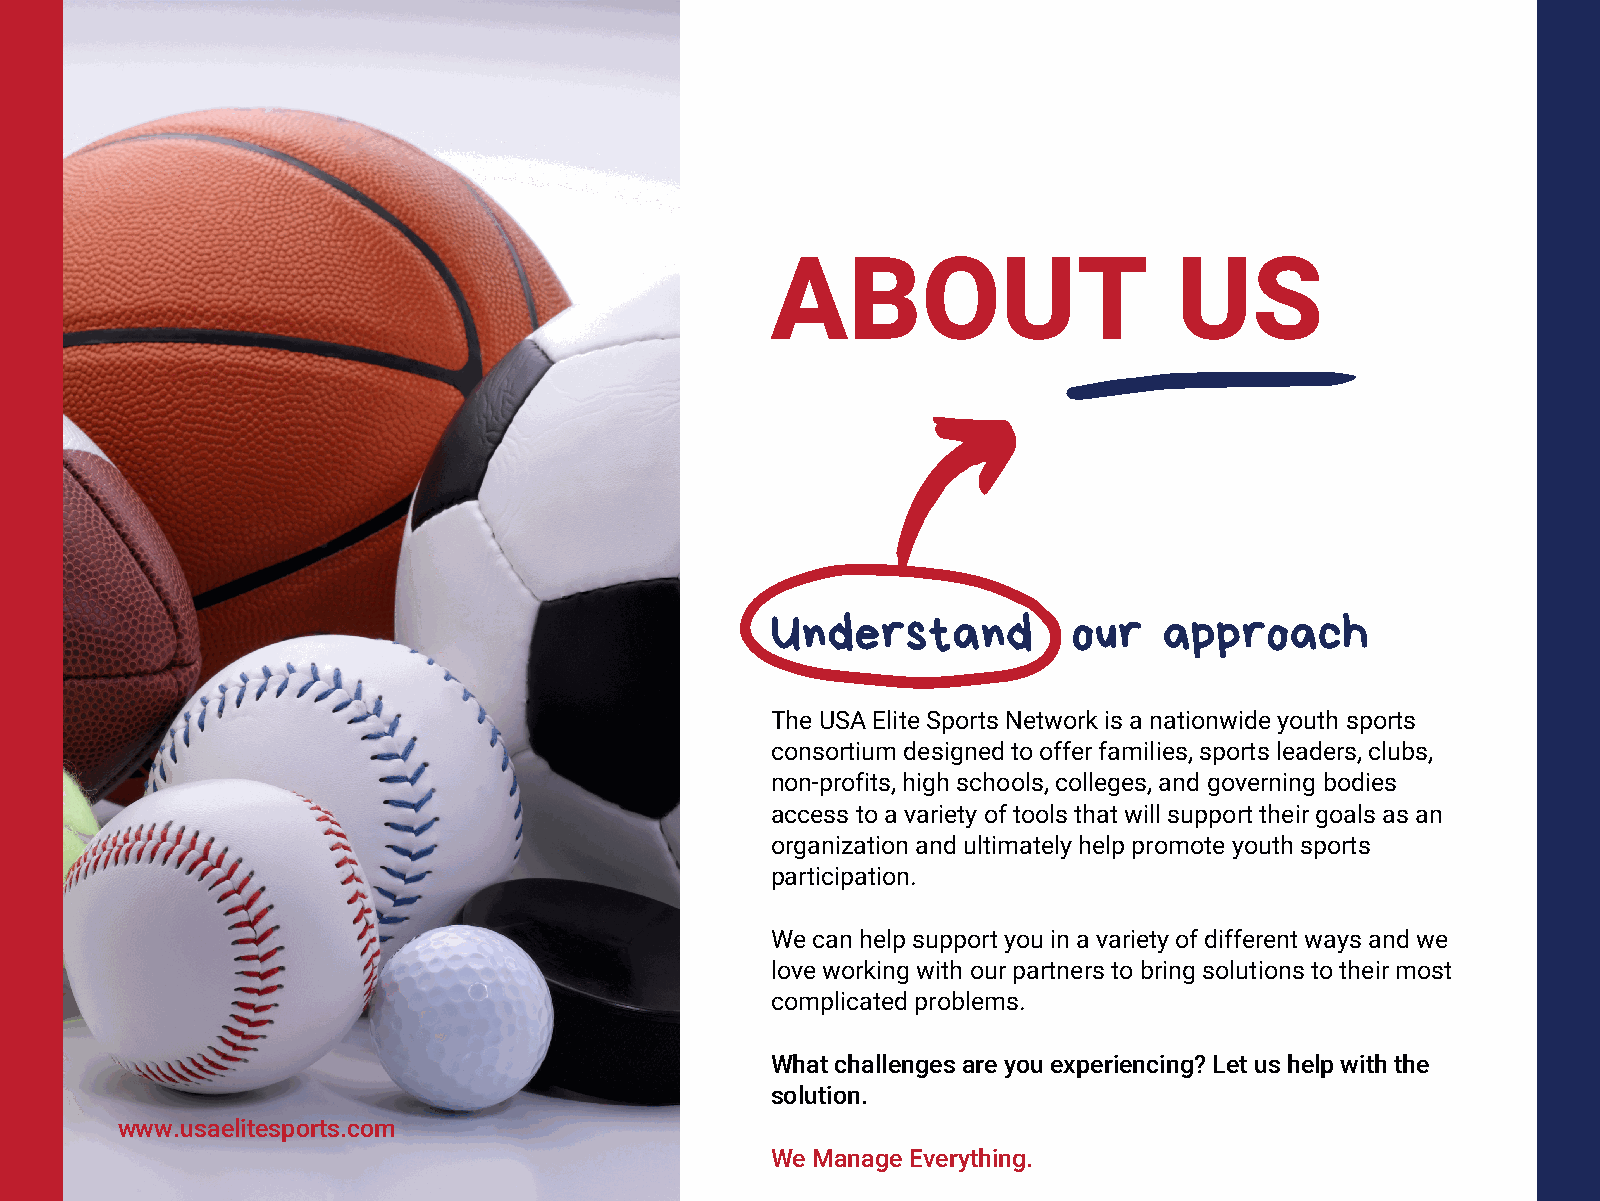
ABOUT                      US
 Understand          our   approach
 The USA Elite Sports Network is a nationwide youth sports
 consortium designed to offer families, sports leaders, clubs,
 non-profits, high schools, colleges, and governing bodies
 access to a variety of tools that will support their goals as an
 organization and ultimately help promote youth sports
 participation.
 We can help support you in a variety of different ways and we
 love working with our partners to bring solutions to their most
 complicated problems.
 What challenges are you experiencing? Let us help with the
 solution.
 www.usaelitesports.com
 We Manage Everything.